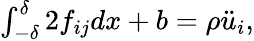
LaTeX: \begin{array}{r}{\int_{-\delta}^{\delta}2f_{ij}dx+b=\rho\ddot{u}_{i},}\end{array}